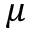
\mu